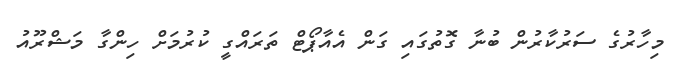
މިހާރުގެ ސަރުކާރުން ބުނާ ގޮތުގައި ގަން އެއާޕޯޓް ތަރައްގީ ކުރުމަށް ހިންގާ މަޝްރޫއު